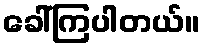
ခေါ်ကြပါတယ်။